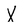
Character: X